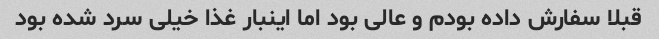
قبلا سفارش داده بودم و عالی بود اما اینبار غذا خیلی سرد شده بود